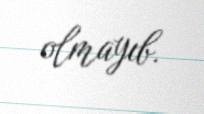
olmayıb.